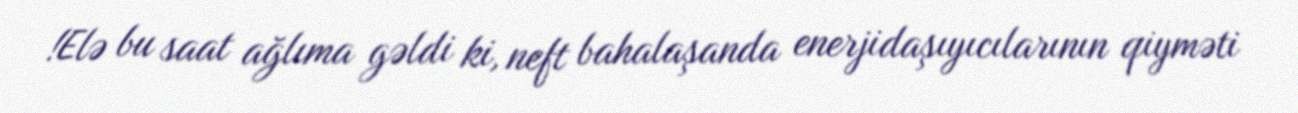
!Elə bu saat ağlıma gəldi ki, neft bahalaşanda enerjidaşıyıcılarının qiyməti